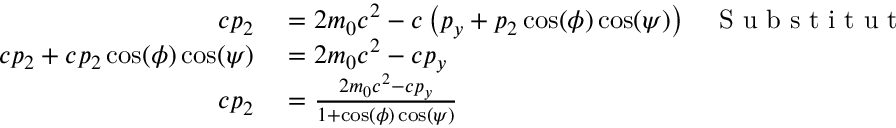
\begin{array} { r l r } { c p _ { 2 } } & { { } = 2 m _ { 0 } c ^ { 2 } - c \left( p _ { y } + p _ { 2 } \cos ( \phi ) \cos ( \psi ) \right) } & { \mathrm { ~ S ~ u ~ b ~ s ~ t ~ i ~ t ~ u ~ t ~ i ~ o ~ n ~ o ~ f ~ } \mathrm { ~ i ~ n ~ } } \\ { c p _ { 2 } + c p _ { 2 } \cos ( \phi ) \cos ( \psi ) } & { { } = 2 m _ { 0 } c ^ { 2 } - c p _ { y } } & { } \\ { c p _ { 2 } } & { { } = \frac { 2 m _ { 0 } c ^ { 2 } - c p _ { y } } { 1 + \cos ( \phi ) \cos ( \psi ) } } & { } \end{array}